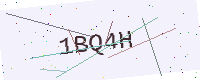
Text: 1BQ4H